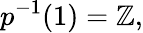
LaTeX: p^{-1}(1)=\mathbb{Z},